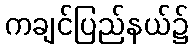
ကချင်ပြည်နယ်၌